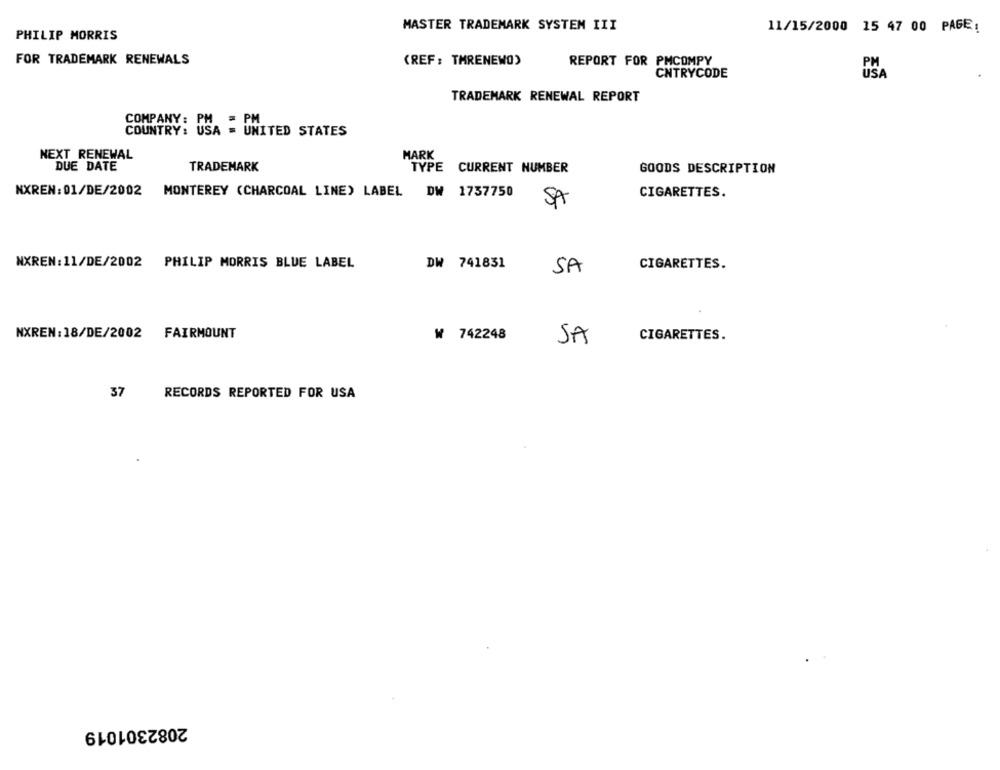
MASTER TRADEMARK SYSTEM III
11/15/2000 15 47 00 PAGE:
PHILIP MORRIS
FOR TRADEMARK RENEWALS
(REF : TMRENEWO)
REPORT FOR PMCOMPY
CNTRYCODE
USA
TRADEMARK RENEWAL REPORT
COMPANY: USA = UNITED STATES
NEXT RENEWAL
MARK
DUE DATE
TRADEMARK
TYPE CURRENT NUMBER
GOODS DESCRIPTION
NXREN:01/DE/2002 MONTEREY (CHARCOAL LINE) LABEL DW 1737750
CIGARETTES.
SA
NXREN:11/DE/2002 PHILIP MORRIS BLUE LABEL
DW 741831
SA
CIGARETTES.
NXREN:18/DE/2002 FAIRMOUNT
₩ 742248
SA
CIGARETTES.
37
RECORDS REPORTED FOR USA
2082301019